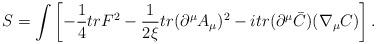
LaTeX: \begin{align*}S = \int \left[-\frac{1}{4}tr F^2 -\frac{1}{2\xi }tr(\partial ^{\mu }A_\mu )^2 -i tr(\partial ^\mu \bar{C})(\nabla _\mu C)\right].\end{align*}